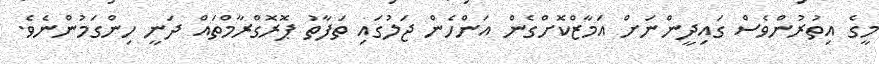
މީގެ އިތުރުންވެސް ގައިދީންނަށް އަމާޒްކޮށްގެން އަންހެން ޖަލުގައި ތަފާތު ޕޮރޮގްރާމްތައް ދަނީ ހިންގަމުންނެވެ.